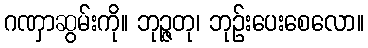
ဂဏှာဆွမ်းကို။ ဘုဉ္ဇတု၊ ဘုဉ်းပေးစေလော။